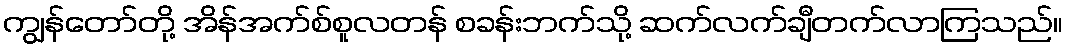
ကျွန်တော်တို့ အိန်အက်စ်စူလတန် စခန်းဘက်သို့ ဆက်လက်ချီတက်လာကြသည်။